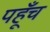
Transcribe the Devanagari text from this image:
पहूँच